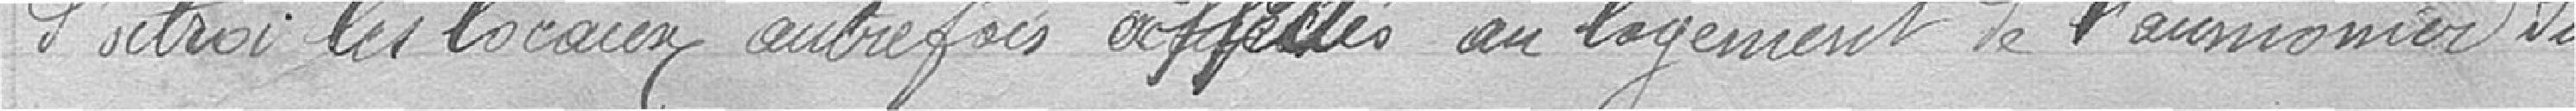
s'octroi les locaux autrefois affectés au logement de l'aumonier du